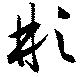
彬